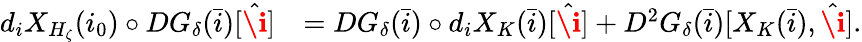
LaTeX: \begin{array}{rl}{d_{i}X_{H_{\zeta}}(i_{0})\circ DG_{\delta}(\bar{i})[\hat{\textbf{\i}}]}&{=DG_{\delta}(\bar{i})\circ d_{i}X_{K}(\bar{i})[\hat{\textbf{\i}}]+D^{2}G_{\delta}(\bar{i})[X_{K}(\bar{i}),\hat{\textbf{\i}}].}\end{array}